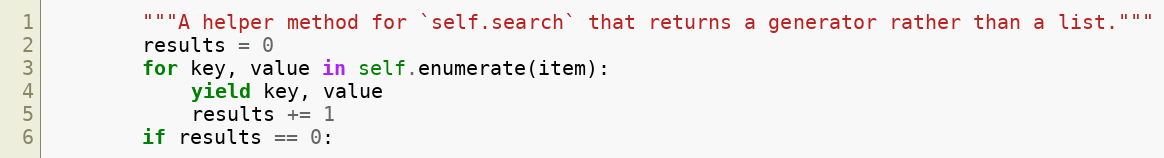
Language: Python
        """A helper method for `self.search` that returns a generator rather than a list."""
        results = 0
        for key, value in self.enumerate(item):
            yield key, value
            results += 1
        if results == 0: